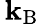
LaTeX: \, \mathbf{k}_{\mathrm{{{B}}}}